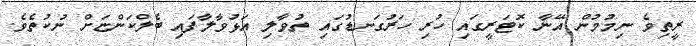
ރީތިވެ ނިމުމުން އޭނާ ކޮޓަރީގައި ހުރި ހަރުގަނޑުގައި ތުވާލި އަޅުވާލާފައި ބެލްކަންޏަށް ނުކުތެވެ.